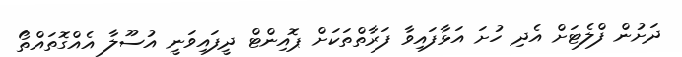
ދަށުން ފްލެޓަށް އެދި ހުށަ އަޅާފައިވާ ފަރާތްތަކަށް ޕޮއިންޓް ދީފައިވަނީ އުސޫލާ އެއްގޮތައްތޯ